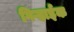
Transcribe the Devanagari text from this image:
गिऱ्हाईक